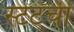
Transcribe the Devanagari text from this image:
स्टेटची